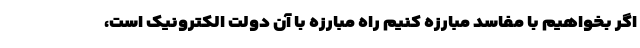
اگر بخواهیم با مفاسد مبارزه کنیم راه مبارزه با آن دولت الکترونیک است،